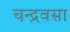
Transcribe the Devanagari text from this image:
चन्द्रवसा